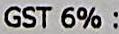
GST 6% :